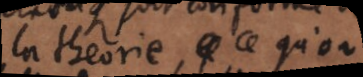
la théorie, ce qu’on